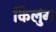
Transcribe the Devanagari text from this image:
किलुंग